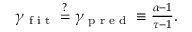
\begin{array} { r } { \gamma _ { \textrm { f i t } } \overset { ? } { = } \gamma _ { \textrm { p r e d } } \equiv \frac { \alpha - 1 } { \tau - 1 } . } \end{array}